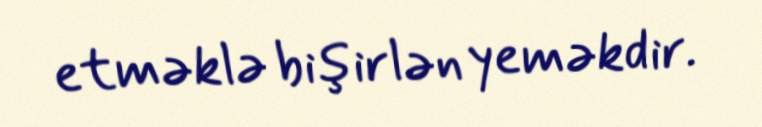
etməklə bişirlən yeməkdir.